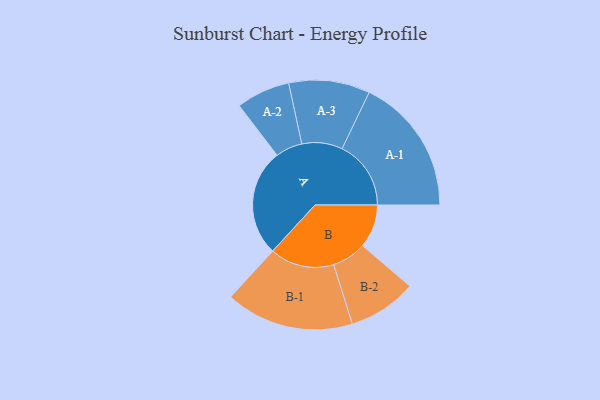
{"axis": {"x": "Segment", "y": "Value"}, "legend": ["", "A", "B"], "data": [{"x": "A", "y": 462, "type": ""}, {"x": "B", "y": 187, "type": ""}, {"x": "A-1", "y": 297, "type": "A"}, {"x": "A-2", "y": 116, "type": "A"}, {"x": "A-3", "y": 175, "type": "A"}, {"x": "B-1", "y": 277, "type": "B"}, {"x": "B-2", "y": 148, "type": "B"}]}